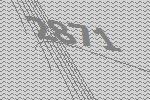
2871